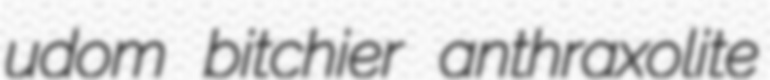
udom bitchier anthraxolite